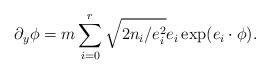
LaTeX: \begin{align*}\partial _{y}\phi =m\sum_{i=0}^{r}\sqrt{2n_{i}/e_{i}^{2}}e_{i}\exp(e_{i}\cdot \phi ). \end{align*}